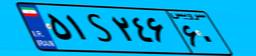
۸۹S۵۳۶۵۰